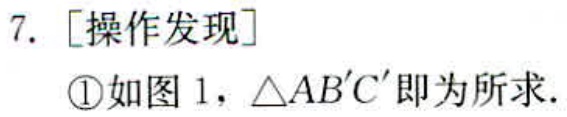
7. [操作发现]
\textcircled{1}如图 1，\(\triangle AB'C'\)即为所求.